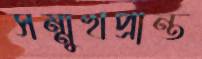
সম্মুখপ্রান্ত